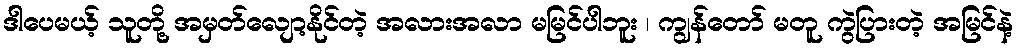
ဒါပေမယ့် သူတို့ အမှတ်လျော့နိုင်တဲ့ အလားအလာ မမြင်ပါဘူး ၊ ကျွန်တော် မတူ ကွဲပြားတဲ့ အမြင်နဲ့